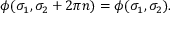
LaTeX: \phi ( \sigma _ { 1 } , \sigma _ { 2 } + 2 \pi n ) = \phi ( \sigma _ { 1 } , \sigma _ { 2 } ) .